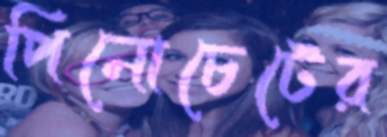
পিনোচেটের